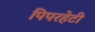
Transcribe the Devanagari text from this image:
पिपरहेटी